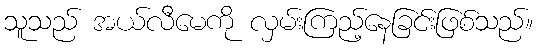
သူသည် အယ်လီမေကို လှမ်းကြည့်နေခြင်းဖြစ်သည်။